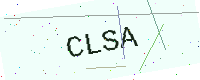
Text: CLSA